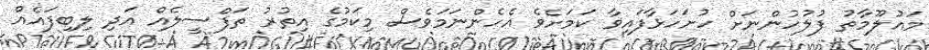
މައުލޫމާތު ފުލުހުންނަށް ހުށަހަޅާފައިވާ ކަމަށެވެ އެހެންނަމަވެސް މިކަމުގެ އިތުރު ތަފްސީލެއް އަދި ލިބިފައެއް